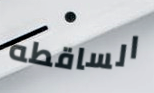
الساقطه